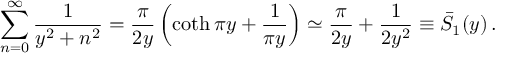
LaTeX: \sum _ { n = 0 } ^ { \infty } \frac { 1 } { y ^ { 2 } + n ^ { 2 } } = \frac { \pi } { 2 y } \left( \coth \pi y + \frac { 1 } { \pi y } \right) \simeq \frac { \pi } { 2 y } + \frac { 1 } { 2 y ^ { 2 } } \equiv \bar { S } _ { 1 } ( y ) \, { . }